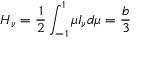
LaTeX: H _ { \nu } = { \frac { 1 } { 2 } } \int _ { - 1 } ^ { 1 } \mu I _ { \nu } d \mu = { \frac { b } { 3 } }